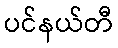
ပင်နယ်တီ